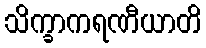
သိက္ခာကရဏီယာတိ